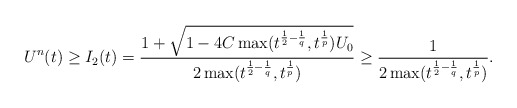
\begin{align*}U^{n}(t)\geq I_2(t)=\frac{1+\sqrt{1-4C\max(t^{\frac{1}{2}-\frac{1}{q}},t^{\frac{1}{p}})U_0}}{2\max(t^{\frac{1}{2}-\frac{1}{q}},t^{\frac{1}{p}})}\geq\frac{1}{2\max(t^{\frac{1}{2}-\frac{1}{q}},t^{\frac{1}{p}})}.\end{align*}